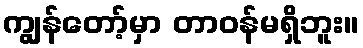
ကျွန်တော့်မှာ တာဝန်မရှိဘူး။